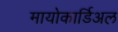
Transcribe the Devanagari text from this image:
मायोकार्डिअल